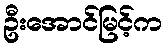
ဦးအောင်မြင့်က